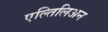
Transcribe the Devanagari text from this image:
एल्तिलिअन